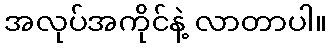
အလုပ်အကိုင်နဲ့ လာတာပါ။